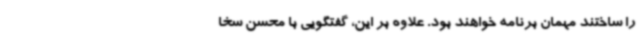
را ساختند مهمان برنامه خواهند بود. علاوه بر این، گفتگویی با محسن سخا